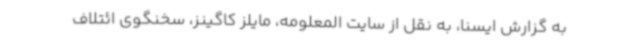
به گزارش ایسنا، به نقل از سایت المعلومه، مایلز کاگینز، سخنگوی ائتلاف